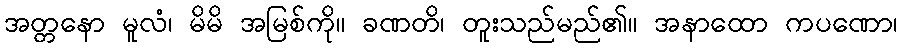
အတ္တနော မူလံ၊ မိမိ အမြစ်ကို။ ခဏတိ၊ တူးသည်မည်၏။ အနာထော ကပဏော၊